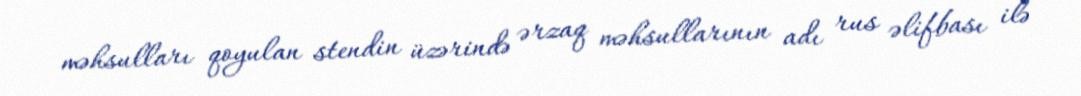
məhsulları qoyulan stendin üzərində ərzaq məhsullarının adı rus əlifbası ilə